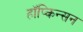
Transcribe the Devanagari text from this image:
हॉप्किन्सन